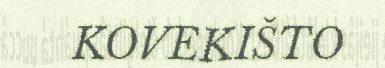
KOVEKIŠTO